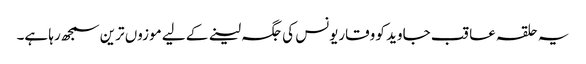
یہ حلقہ عاقب جاوید کو وقاریونس کی جگہ لینے کے لیے موزوں ترین سمجھ رہا ہے۔